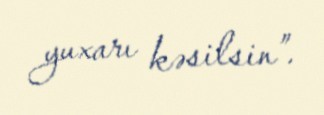
yuxarı kəsilsin”.